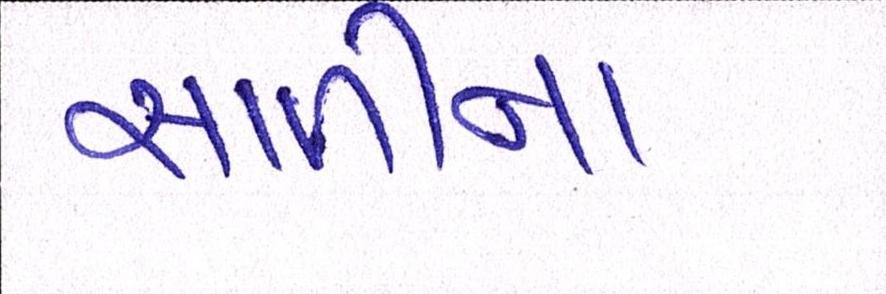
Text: સાળીના